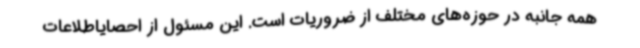
همه جانبه در حوزه‌های مختلف از ضروریات است. این مسئول از احصایاطلاعات